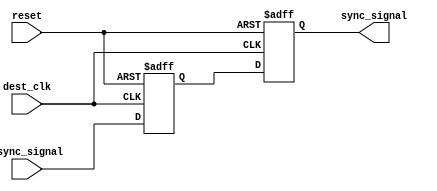
module dual_ff_synchronizer (
    input wire async_signal,    // Asynchronous input signal
    input wire dest_clk,        // Destination clock
    input wire reset,           // Optional reset signal
    output reg sync_signal       // Synchronized output signal
);

    // Internal signals for the two flip-flops
    reg ff1_out;

    // First Flip-Flop (FF1)
    always @(posedge dest_clk or posedge reset) begin
        if (reset) begin
            ff1_out <= 1'b0;      // Initialize to known state on reset
        end else begin
            ff1_out <= async_signal; // Sample the asynchronous signal
        end
    end

    // Second Flip-Flop (FF2)
    always @(posedge dest_clk or posedge reset) begin
        if (reset) begin
            sync_signal <= 1'b0;   // Initialize to known state on reset
        end else begin
            sync_signal <= ff1_out; // Capture the output of FF1
        end
    end

endmodule